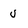
Character: U